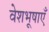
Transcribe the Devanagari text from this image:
वेशभूषाएँ